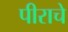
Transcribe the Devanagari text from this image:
पीराचे